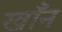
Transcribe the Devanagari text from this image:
खाँन